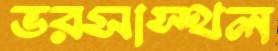
ভরসাস্থল